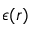
\epsilon ( r )